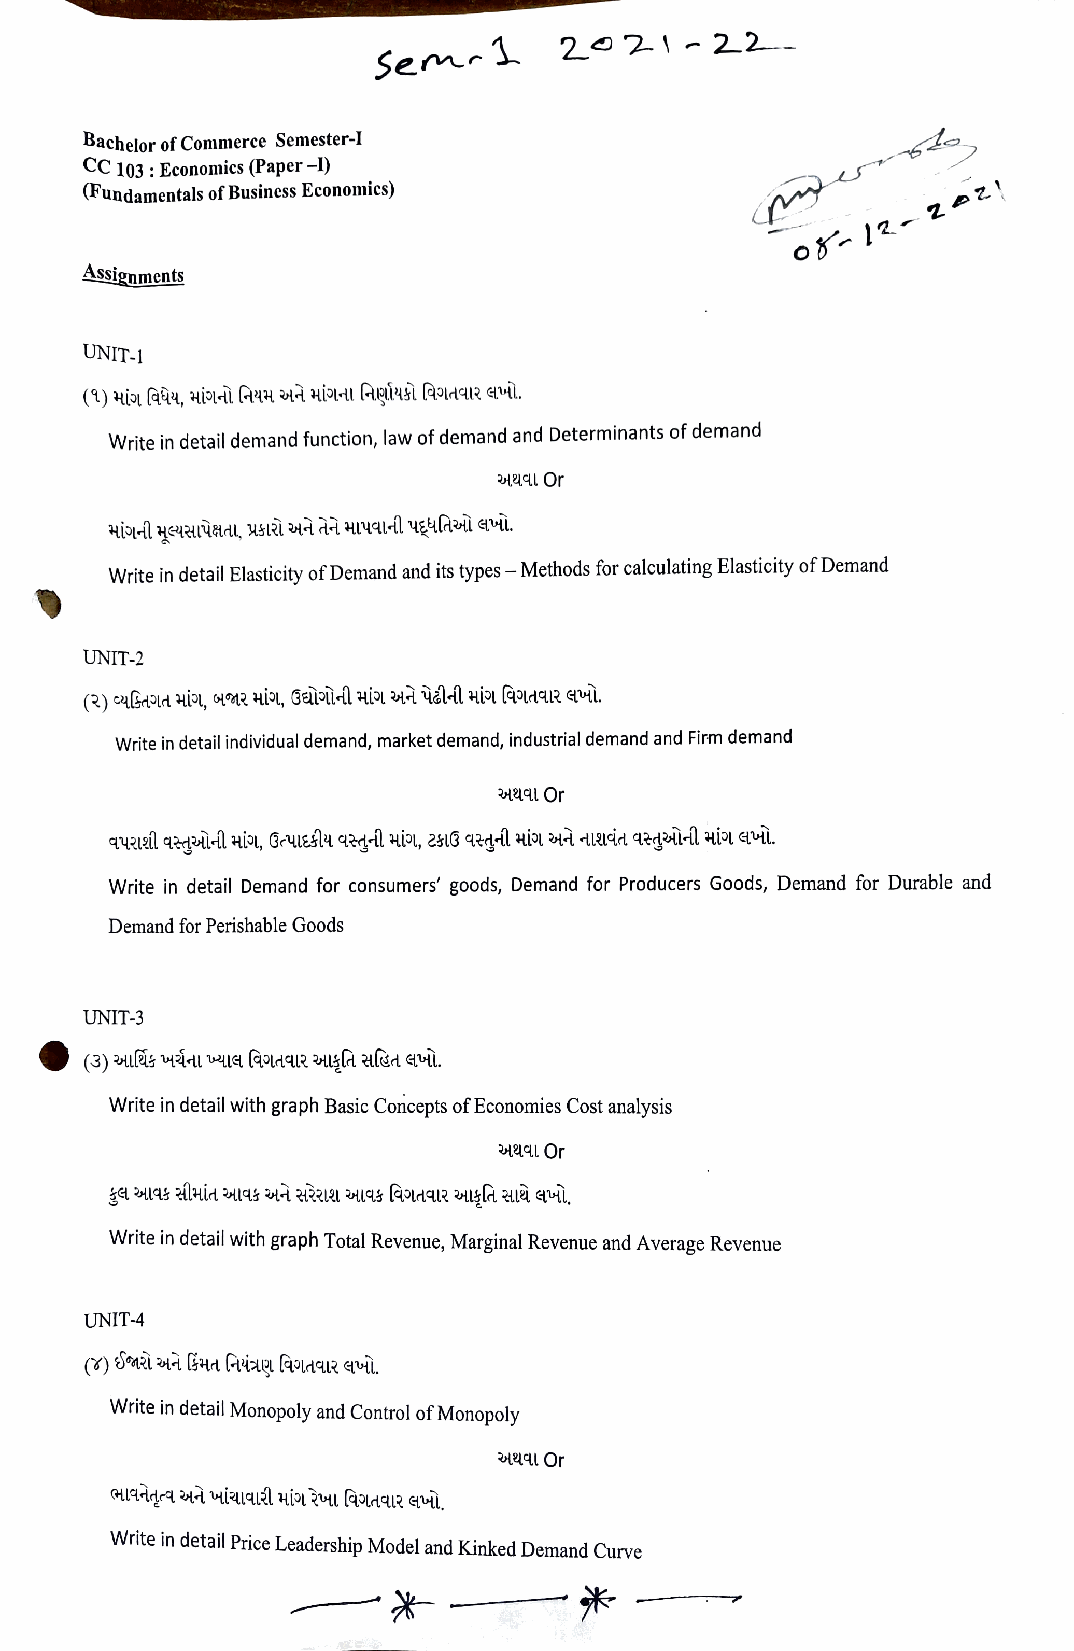
22
 Sem      1    221     -
 Bachelor of Commerce Semester-I
 CC103: Economics (Paper -I)
 Fundamentals of Business Economics)
 Assignments
 UNIT-1
 Write in detail demand function, law of demand and Determinants of demand
 2U Or
 Write in detail Elasticity of Demand and its types - Methods for calculating Elasticity of Demand
 UNIT-2
 Write in detail individual demand, market demand, industrial demand and Firm demand
 L  Or
 Write in detail Demand for consumers' goods, Demand for Producers Goods, Demand for Durable and
 Demand for Perishable Goods
 UNIT-3
 Write in detail with graph Basic Concepts of Economies Cost analysis
 3H4LL Or
 Write in detail with graph Total Revenue, Marginal Revenue and Average Revenue
 UNIT-4
 Write in detail Monopoly and Control of Monopoly
 L Or
 Write in detail Price Leadership Model and Kinked Demand Curve